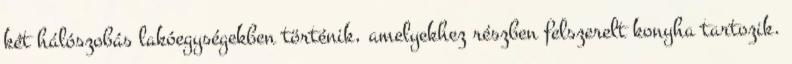
két hálószobás lakóegységekben történik, amelyekhez részben felszerelt konyha tartozik.